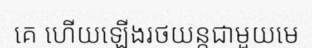
គេ ហើយឡើងរថយន្តជាមួយមេ